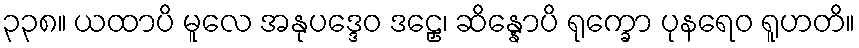
၃၃၈။ ယထာပိ မူလေ အနုပဒ္ဒေဝ ဒဠှေ၊ ဆိန္နောပိ ရုက္ခော ပုနရေဝ ရူဟတိ။